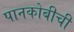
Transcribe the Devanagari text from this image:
पानकोबीची